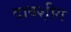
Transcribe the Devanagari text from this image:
दाक्श़ीग